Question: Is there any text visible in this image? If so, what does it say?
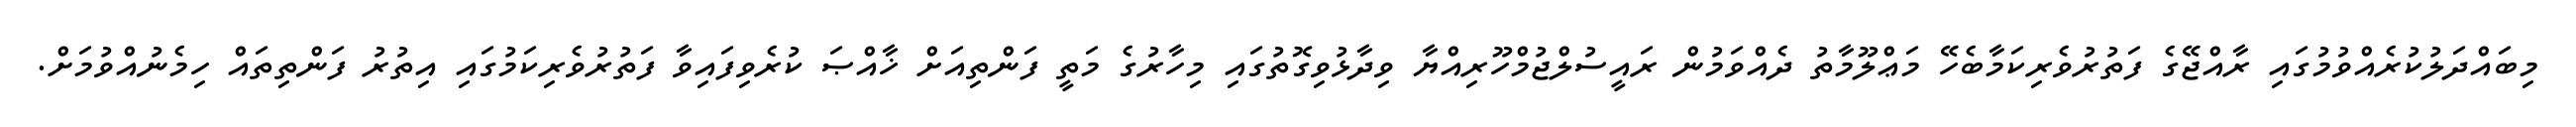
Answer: މިބައްދަލުކުރެއްވުމުގައި ރާއްޖޭގެ ފަތުރުވެރިކަމާބެހޭ މަޢްލޫމާތު ދެއްވަމުން ރައީސުލްޖުމްހޫރިއްޔާ ވިދާޅުވިގޮތުގައި މިހާރުގެ މަތީ ފަންތިއަށް ޚާއްޞަ ކުރެވިފައިވާ ފަތުރުވެރިކަމުގައި އިތުރު ފަންތިތައް ހިމެނުއްވުމަށް.